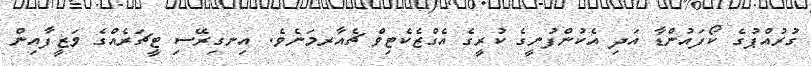
ގުރުއްޕުގެ ކޯފައުންޑާ އަދި އެކުންފުނީގެ ކުރީގެ އެގްޒެކެޓިވް ޗެއާރމަނެވެ. އިނގިރޭސި ޓީޗަރެއްގެ ވަޒީފާއިން